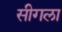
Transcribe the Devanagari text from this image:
सीगला